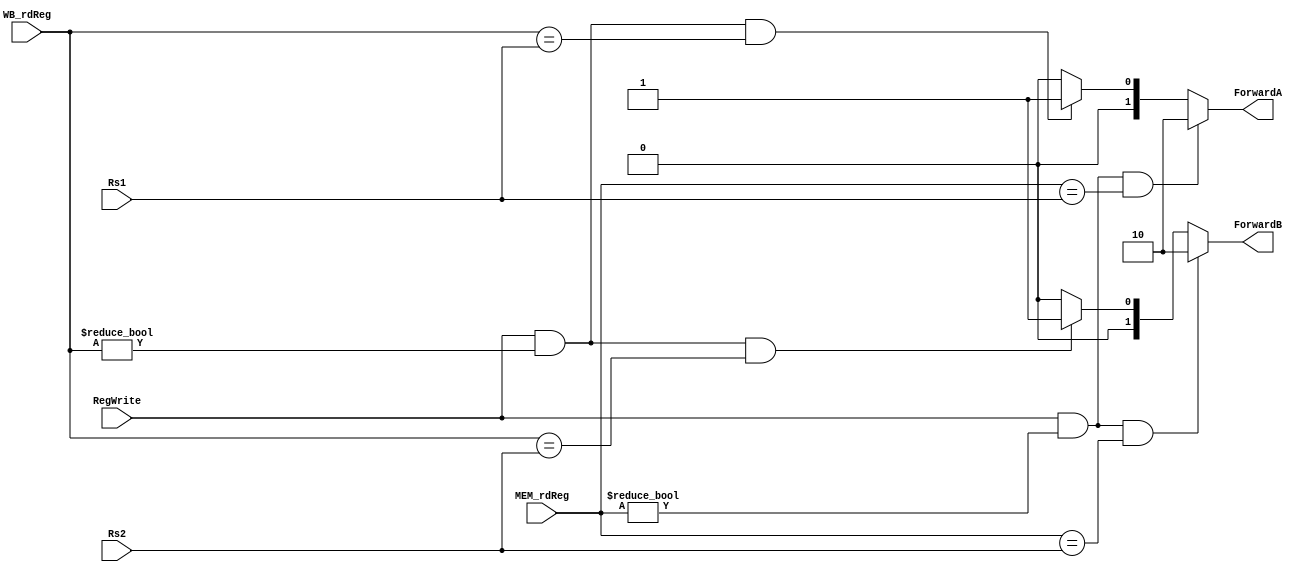
module ForwardingUnit (
	input            RegWrite,
	input      [4:0] Rs1, Rs2,
	input      [4:0] MEM_rdReg, WB_rdReg,
	output reg [1:0] ForwardA, ForwardB
);
// forwardA and forwardB = 00 -> source = EX
// forwardA and forwardB = 10 -> source = MEM
// forwardA and forwardB = 01 -> source = WB
	always @(*) begin
		if(RegWrite == 1'b1 && MEM_rdReg != 5'b00000 && MEM_rdReg == Rs1)
			ForwardA <= 2'b10;
		else if(RegWrite == 1'b1 && WB_rdReg != 5'b00000 && WB_rdReg == Rs1)
			ForwardA <= 2'b01;
		else
			ForwardA <= 2'b00;

		if(RegWrite == 1'b1 && MEM_rdReg != 5'b00000 && MEM_rdReg == Rs2)
			ForwardB <= 2'b10;
		else if(RegWrite == 1'b1 && WB_rdReg != 5'b00000 && WB_rdReg == Rs2)
			ForwardB <= 2'b01;
		else
			ForwardB <= 2'b00;
	end
endmodule